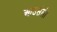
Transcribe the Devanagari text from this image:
आउसेली